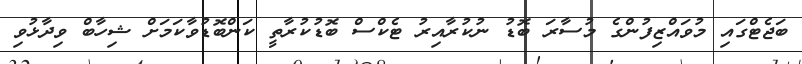
ބަޖެޓްގައި މުވައްޒިފުންގެ މުސާރަ ބޮޑު ނުކުރާއިރު ޓެކްސް ބޮޑުކުރާތީ ކަންބޮޑުވާކަމަށް ޝިހާބް ވިދާޅުވި